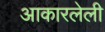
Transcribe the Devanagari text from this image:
आकारलेली